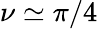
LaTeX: \nu\simeq\pi/4